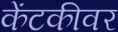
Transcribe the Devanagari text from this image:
केंटकीवर